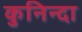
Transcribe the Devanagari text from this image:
कुनिन्दा